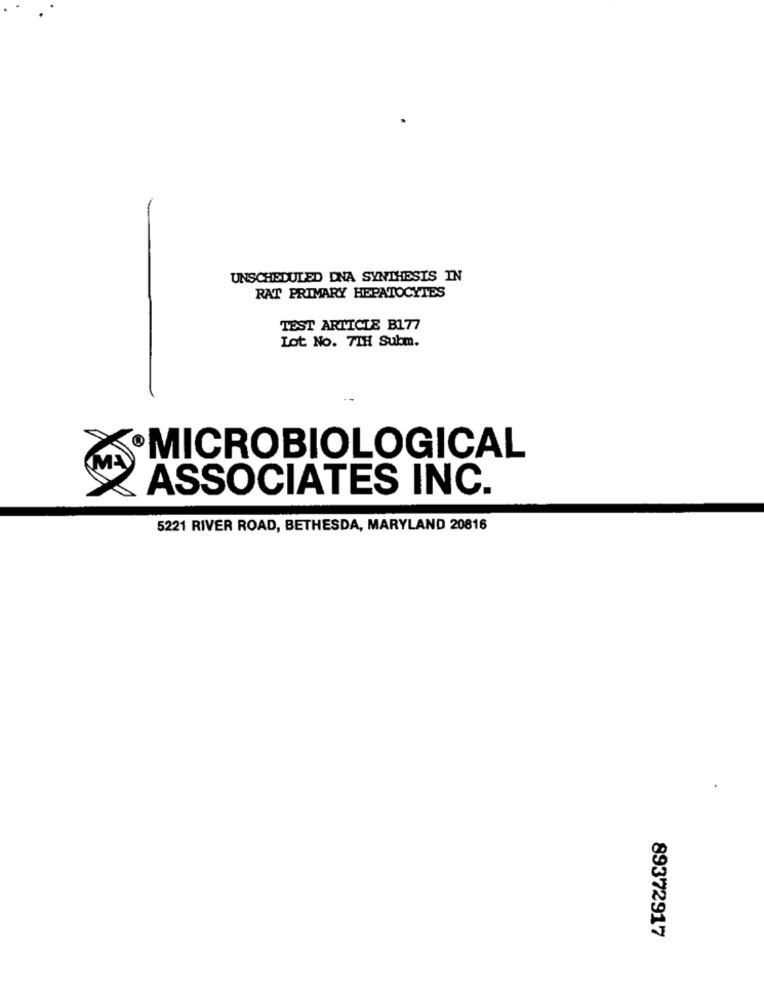
UNSCHEDULED DNA SYNTHESIS IN
RAT PRIMARY HEPATOCYTES
TEST ARTICLE B177
Lot No. 7TH Subm.
MICROBIOLOGICAL
ASSOCIATES INC.
5221 RIVER ROAD, BETHESDA, MARYLAND 20816
89372917